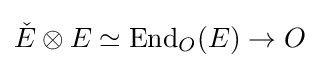
{\check {E}}\otimes E\simeq \operatorname {End} _{O}(E)\to O